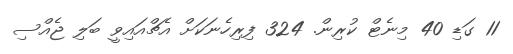
11 ގަޑި 40 މިނެޓް ކުރިން. 324 ފިރިހެނަކަށް އެޗްއައިވީ ބަލި ޖެއްސި